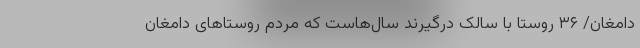
دامغان/ ۳۶ روستا با سالک درگیرند سال‌هاست که مردم روستاهای دامغان